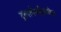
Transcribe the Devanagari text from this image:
दुरुस्तीपलीकडील